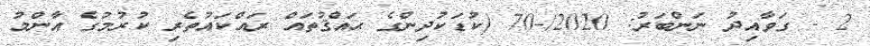
2 - ގަވާއިދު ނަންބަރު: 2020/-70 (ކުޑަކުދިންގެ ޙައްޤުތައް ރައްކައުތެރި ކުރުމުގެ އާންމު